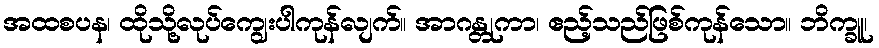
အထစပန၊ ထိုသို့လုပ်ကျွေးပါကုန်လျက်။ အာဂန္တုကာ၊ ဧည့်သည်ဖြစ်ကုန်သော။ ဘိက္ခူ၊